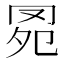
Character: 𦊗